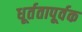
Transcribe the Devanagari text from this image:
धूर्ततापूर्वक